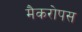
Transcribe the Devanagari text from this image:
मैकरोपस